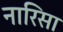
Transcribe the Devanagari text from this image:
नारिसा